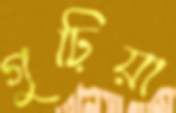
গুঢ়িয়া